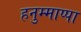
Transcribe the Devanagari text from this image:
हनुम्माप्पा